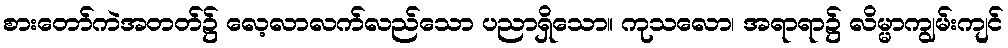
စားတော်ကဲအတတ်၌ လေ့လာလက်လည်သော ပညာရှိသော။ ကုသလော၊ အရာရာ၌ လိမ္မာကျွမ်းကျင်